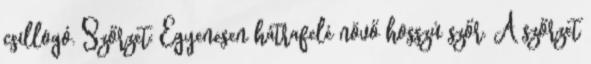
csillogó. Szőrzet: Egyenesen hátrafelé növő hosszú szőr. A szőrzet